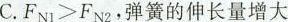
C.$$F _ { N 1 } > F _ { N 2 }$$，弹簧的伸长量增大